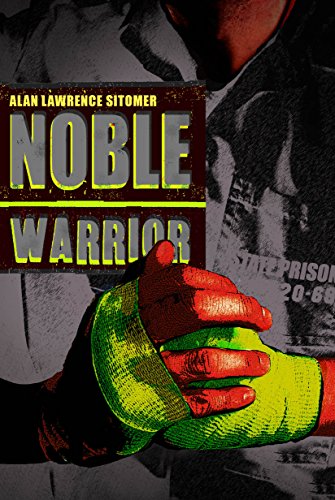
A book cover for Noble Warrior ([Not part of a series]); Alan Lawrence Sitomer; Teen & Young Adult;